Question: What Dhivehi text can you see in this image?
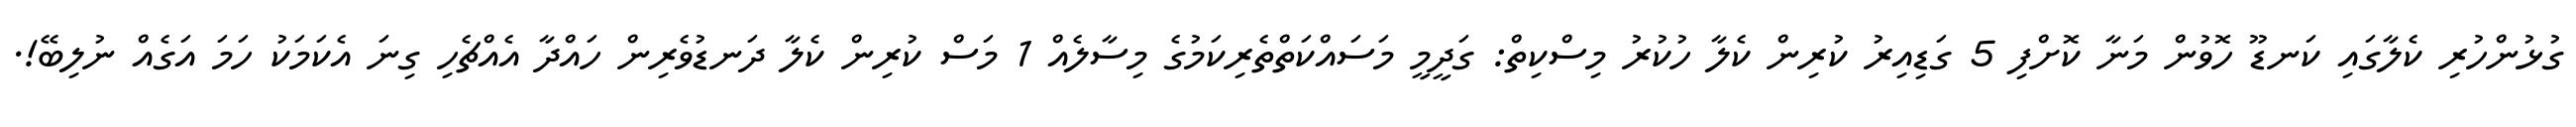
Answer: ގުޅުންހުރި ކެލާގައި ކަނޑޫ ހޮވުން މަނާ ކޮށްފި 5 ގަޑިއިރު ކުރިން ކެލާ ހުކުރު މިސްކިތް: ގަދީމީ މަސައްކަތްތެރިކަމުގެ މިސާލެއް 1 މަސް ކުރިން ކެލާ ދަނޑުވެރިން ހައްދާ އެއްޗެހި ގިނަ އެކަމަކު ހަމަ އަގެއް ނުލިބޭ!.